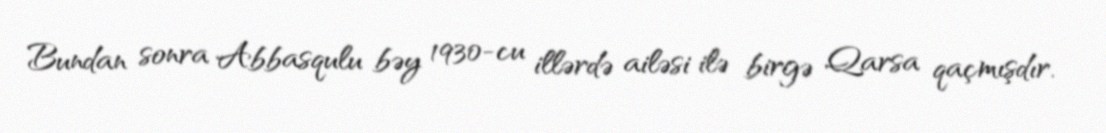
Bundan sonra Abbasqulu bəy 1930-cu illərdə ailəsi ilə birgə Qarsa qaçmışdır.